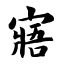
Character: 寤